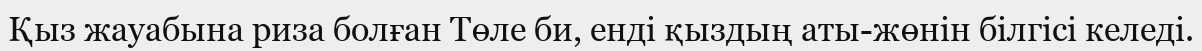
Қыз жауабына риза болған Төле би, енді қыздың аты-жөнін білгісі келеді.